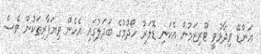
އަންޑޭ ވިދާޅުވީ ޓޫރިޒަމުން އެކަނި ޑޮލަރު ހޯދުމުގެ ބަދަލުގައި އެހެން ވިޔަފާރިތަކުން ވެސް